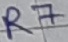
Text: R7